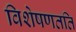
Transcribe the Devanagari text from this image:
विशेषणतति